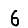
Digit: 6